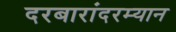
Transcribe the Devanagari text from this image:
दरबारांदरम्यान